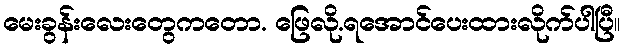
မေးခွန်းလေးတွေကတော. ဖြေလို.ရအောင်ပေးထားလိုက်ပါပြီ။